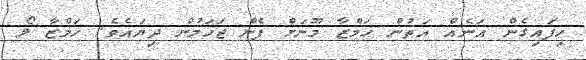
ހިފައިގެން އަނެއް އަތުން ހަމްޒާ މޫނަށް ފެން ޖަހަމުން ދިޔައެވެ. ހަމްޒާ ލޯ